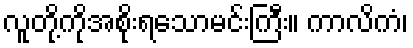
လူတို့ကိုအစိုးရသောမင်းကြီး။ ကာလိကံ၊